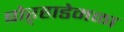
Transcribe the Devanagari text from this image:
बोऱ्हाडेमळा